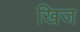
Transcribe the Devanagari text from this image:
खिज